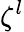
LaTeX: \zeta^{l}